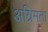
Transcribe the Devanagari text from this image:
अग्रिमता